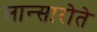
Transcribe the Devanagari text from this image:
लान्सारोते